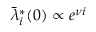
\bar { \lambda } _ { i } ^ { * } ( 0 ) \propto e ^ { \nu i }